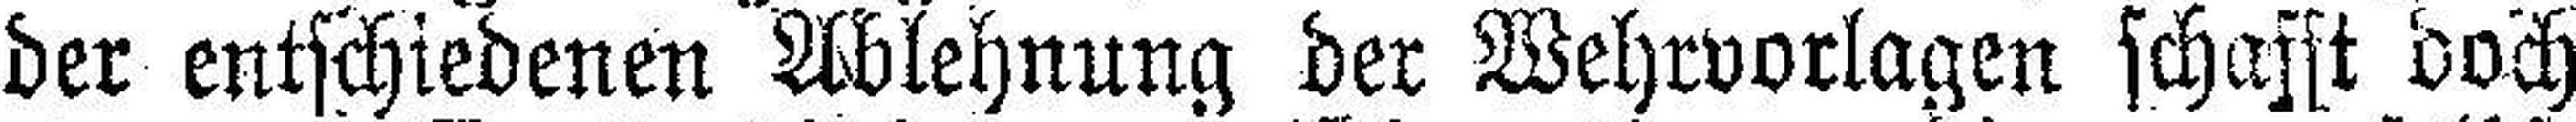
der entschiedenen Ablehnung der Wehrvorlagen schafft doch